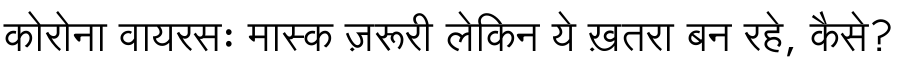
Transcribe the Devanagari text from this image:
कोरोना वायरसः मास्क ज़रूरी लेकिन ये ख़तरा बन रहे, कैसे?